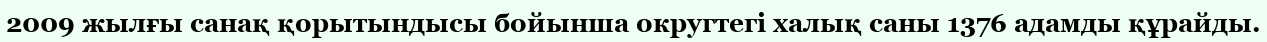
2009 жылғы санақ қорытындысы бойынша округтегі халық саны 1376 адамды құрайды.